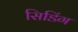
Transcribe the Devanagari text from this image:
सिडिंग